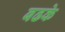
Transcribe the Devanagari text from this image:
बढके